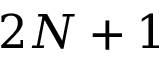
2 N + 1